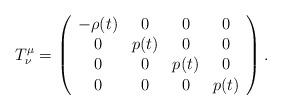
LaTeX: \begin{align*}T^{\mu}_{\nu} = \left(\begin{array}{cccc} -\rho(t) & 0 & 0 & 0 \\ 0 & p(t) & 0 & 0 \\ 0 & 0 & p(t) & 0 \\ 0 & 0 & 0 & p(t) \end{array}\right). \end{align*}